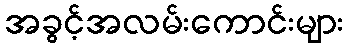
အခွင့်အလမ်းကောင်းများ